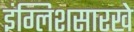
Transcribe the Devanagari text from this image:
इंग्लिशसारखे